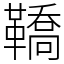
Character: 鞽